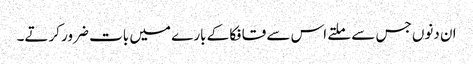
ان دنوں جس سے ملتے اس سے قافکا کے بارے میں بات ضرور کرتے۔